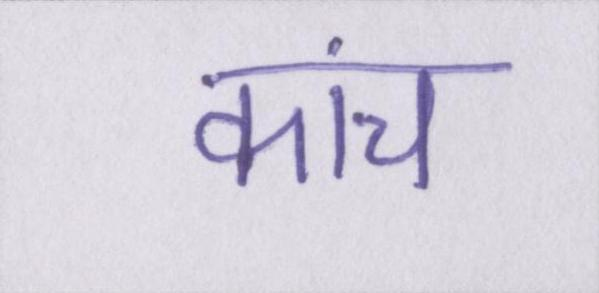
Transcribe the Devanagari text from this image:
कांच